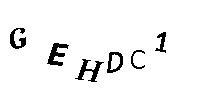
GEHDC1